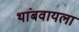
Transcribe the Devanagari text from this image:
थांबवायला